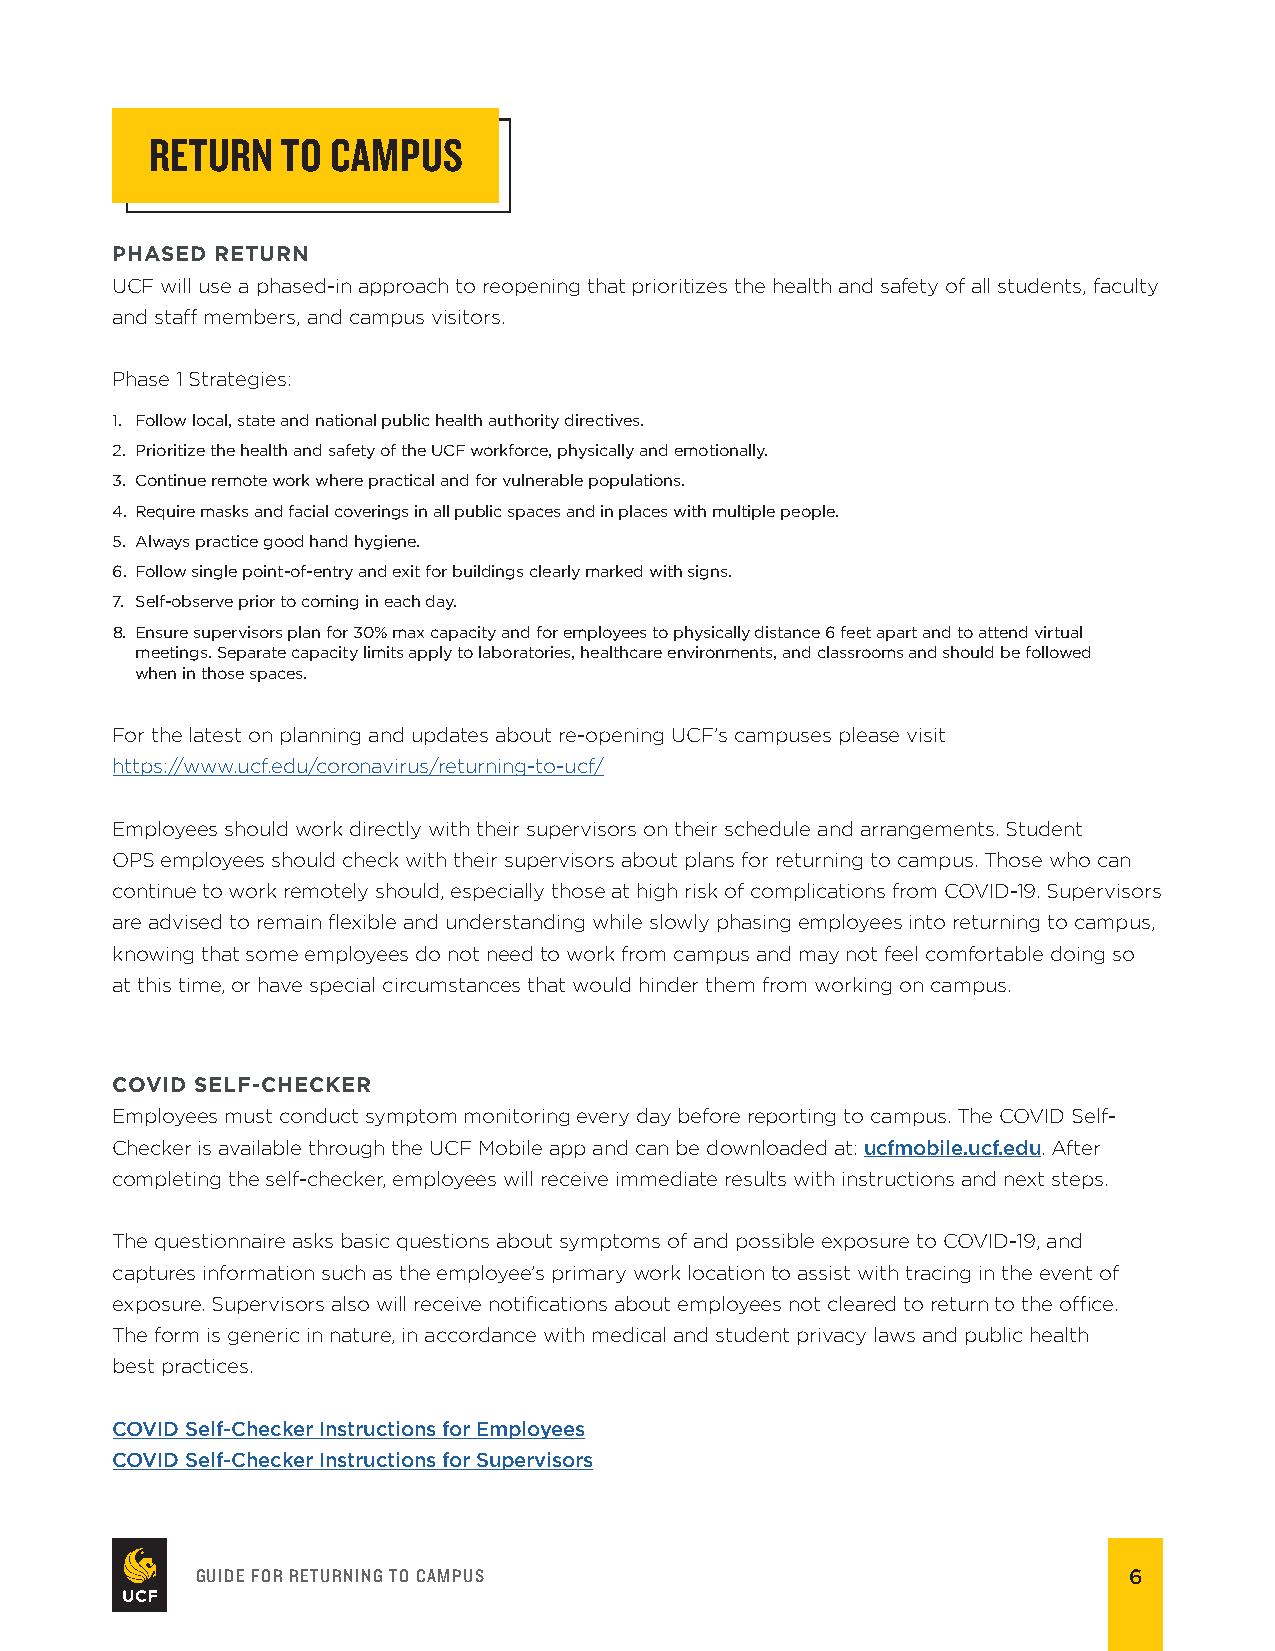
RETURN   TO CAMPUS
 PHASED RETURN
 UCF will use a phased-in approach to reopening that prioritizes the health and safety of all students, faculty
 and staf members, and campus visitors.
 Phase 1 Strategies:
 1. Follow local, state and national public health authority directives.
 2. Prioritize the health and safety of the UCF workforce, physically and emotionally.
 3. Continue remote work where practical and for vulnerable populations.
 4. Require masks and facial coverings in all public spaces and in places with multiple people.
 5. Always practice good hand hygiene.
 6. Follow single point-of-entry and exit for buildings clearly marked with signs.
 7. Self-observe prior to coming in each day.
 8. Ensure supervisors plan for 30% max capacity and for employees to physically distance 6 feet apart and to attend virtual
 meetings. Separate capacity limits apply to laboratories, healthcare environments, and classrooms and should be followed
 when in those spaces.
 For the latest on planning and updates about re-opening UCF’s campuses please visit
 https://www.ucf.edu/coronavirus/returning-to-ucf/
 Employees should work directly with their supervisors on their schedule and arrangements. Student
 OPS employees should check with their supervisors about plans for returning to campus. Those who can
 continue to work remotely should, especially those at high risk of complications from COVID-19. Supervisors
 are advised to remain fexible and understanding while slowly phasing employees into returning to campus,
 knowing that some employees do not need to work from campus and may not feel comfortable doing so
 at this time, or have special circumstances that would hinder them from working on campus.
 COVID SELF-CHECKER
 Employees must conduct symptom monitoring every day before reporting to campus. The COVID Self-
 Checker is available through the UCF Mobile app and can be downloaded at: ucfmobile.ucf.edu. After
 completing the self-checker, employees will receive immediate results with instructions and next steps.
 The questionnaire asks basic questions about symptoms of and possible exposure to COVID-19, and
 captures information such as the employee’s primary work location to assist with tracing in the event of
 exposure. Supervisors also will receive notifcations about employees not cleared to return to the ofce.
 The form is generic in nature, in accordance with medical and student privacy laws and public health
 best practices.
 COVID Self-Checker Instructions for Employees
 COVID Self-Checker Instructions for Supervisors
 GUIDE FOR RETURNING TO CAMPUS                                 6